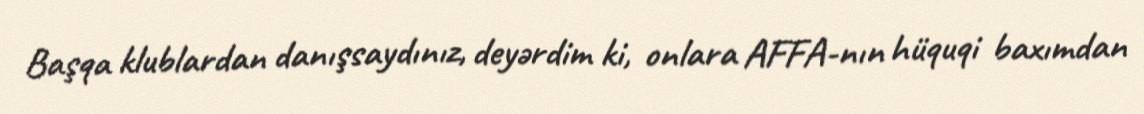
Başqa klublardan danışsaydınız, deyərdim ki, onlara AFFA-nın hüquqi baxımdan